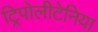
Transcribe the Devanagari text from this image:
ट्रिपोलीटेनिया